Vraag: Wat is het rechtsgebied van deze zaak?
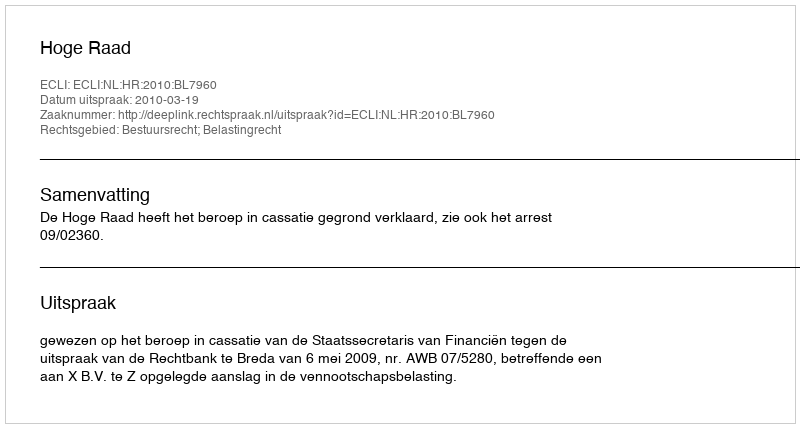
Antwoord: Bestuursrecht; Belastingrecht